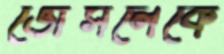
ভোঁসলেকে